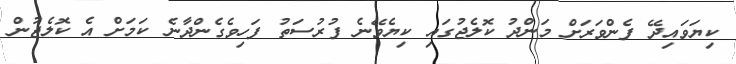
ކިޔަވައިދޭ ފެންވަރަށް މަންދު ކޮލެޖުގައި ކިޔެވޭނެ ފުރުސަތު ފަހިވެގެންދާނެ ކަމަށް އެ ކޮލެޖުން